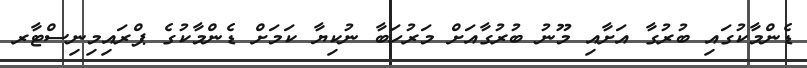
ޑެންމާކުގައި ބުރުގާ އަށާއި މޫނު ބުރުގާއަށް މަރުހަބާ ނުކިޔާ ކަމަށް ޑެންމާކުގެ ޕްރައިމިނިސްޓާރ